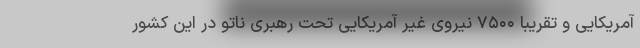
آمریکایی و تقریبا ۷۵۰۰ نیروی غیر آمریکایی تحت رهبری ناتو در این کشور